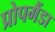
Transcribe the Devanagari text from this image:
प्रोपगैंडा